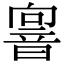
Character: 𩐢